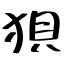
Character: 狽